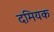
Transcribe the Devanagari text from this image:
दमियक